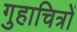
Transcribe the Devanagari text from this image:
गुहाचित्रों